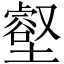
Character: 壑